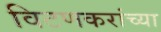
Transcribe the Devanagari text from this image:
विटणकरांच्या